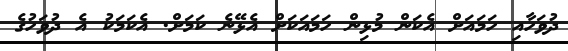
ދުވަހާއި ހަމައަށް އެކަން މުޅިން ހަމައަކަށް އެޅޭނެ ކަމަށް. އެކަމަކު އެ ދުވަހުގެ